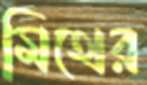
মিথের